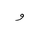
Letter: _waw